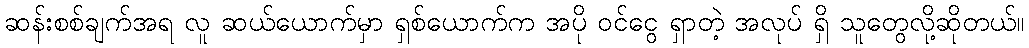
ဆန်းစစ်ချက်အရ လူ ဆယ်ယောက်မှာ ရှစ်ယောက်က အပို ဝင်ငွေ ရှာတဲ့ အလုပ် ရှိ သူတွေလို့ဆိုတယ်။